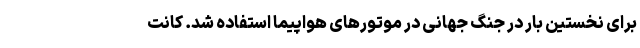
برای نخستین بار در جنگ جهانی در موتورهای هواپیما استفاده شد. کانت